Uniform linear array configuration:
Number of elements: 4
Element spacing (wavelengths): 0.75
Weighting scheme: blackman
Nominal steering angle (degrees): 45
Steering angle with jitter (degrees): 45.39
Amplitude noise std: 0.05
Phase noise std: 0.05

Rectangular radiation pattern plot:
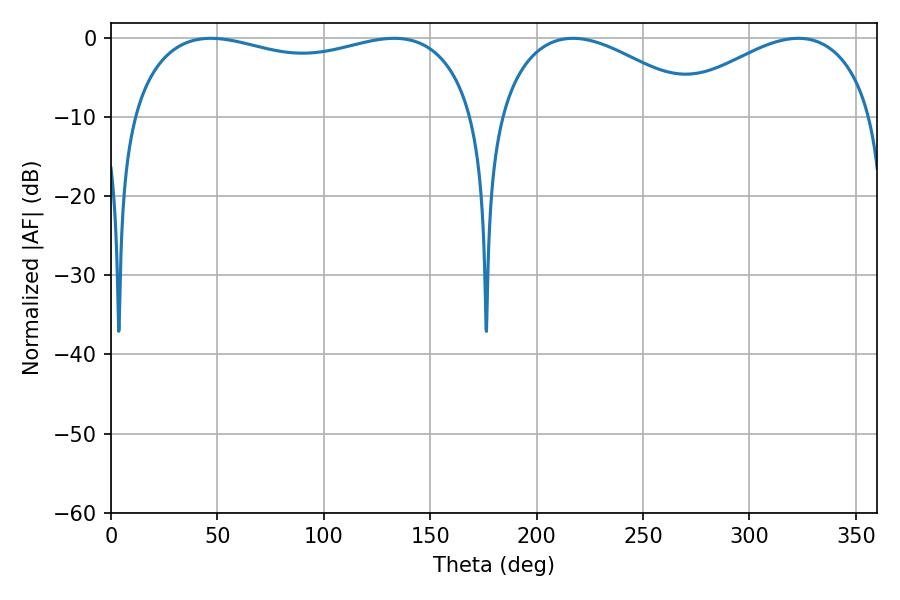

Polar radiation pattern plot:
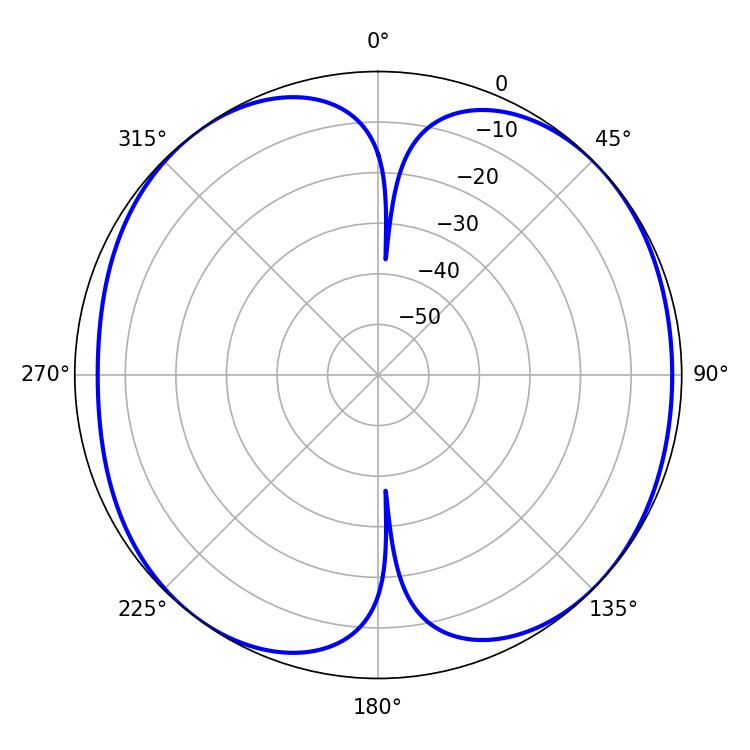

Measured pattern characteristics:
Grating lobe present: TRUE
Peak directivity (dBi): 8.82
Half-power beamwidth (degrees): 53.64
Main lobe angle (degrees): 217.08